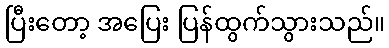
ပြီးတော့ အပြေး ပြန်ထွက်သွားသည်။